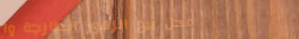
محل بيع الزهور الطازجة وا